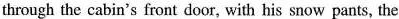
through the cabin's front door, with his snow pants, the